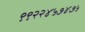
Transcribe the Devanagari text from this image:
९९२२४५७४७५